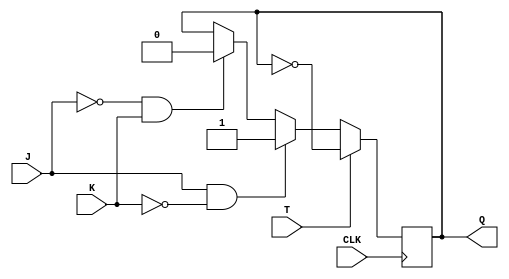
module TJK_FF (
    input wire T,
    input wire J,
    input wire K,
    input wire CLK,
    output reg Q
);

always @(posedge CLK) begin
    if (T) begin
        Q <= ~Q;
    end else begin
        if (J & ~K) begin
            Q <= 1;
        end else if (~J & K) begin
            Q <= 0;
        end
    end
end

endmodule